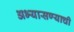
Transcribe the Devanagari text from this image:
अभ्यासण्याची